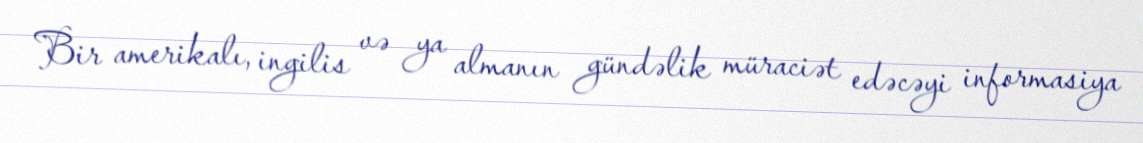
Bir amerikalı, ingilis və ya almanın gündəlik müraciət edəcəyi informasiya